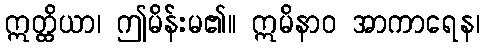
ဣတ္ထိယာ၊ ဤမိန်းမ၏။ ဣမိနာဝ အာကာရေန၊